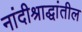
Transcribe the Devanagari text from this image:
नांदीश्राद्धांतील